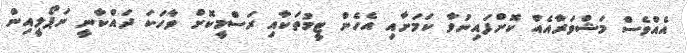
އެއްވެސް މަޝްވަރާއެއް ކޮށްފައިނުވާ ކަމަށާއި އެހެން ޓީމުތަކާއި ރަސްމީކޮށް ވާހަކަ ދައްކާނީ ނަޕޯލީއިން